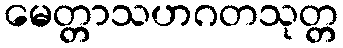
မေတ္တာသဟဂတသုတ္တ